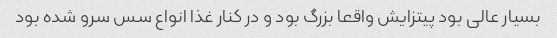
بسیار عالی بود پیتزایش واقعا بزرگ بود و در کنار غذا انواع سس سرو شده بود